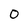
Character: O